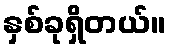
နှစ်ခုရှိတယ်။